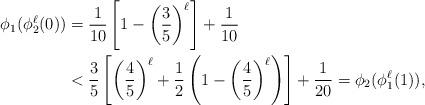
LaTeX: \begin{align*} \phi_1(\phi_2^\ell(0)) &= \frac{1}{10} \left[1 - \left(\frac{3}{5}\right)^\ell\right] + \frac{1}{10}\\ &< \frac{3}{5} \left[\left(\frac{4}{5}\right)^{\ell} + \frac{1}{2} \left(1 - \left(\frac{4}{5}\right)^\ell\right)\right] + \frac{1}{20}= \phi_2(\phi_1^\ell(1)),\end{align*}